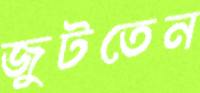
জুটতেন